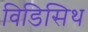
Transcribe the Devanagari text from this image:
विडिसिथ